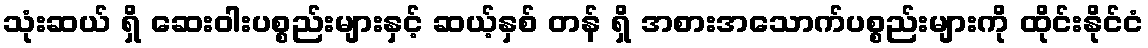
သုံးဆယ် ရှိ ဆေးဝါးပစ္စည်းများနှင့် ဆယ့်နှစ် တန် ရှိ အစားအသောက်ပစ္စည်းများကို ထိုင်းနိုင်ငံ